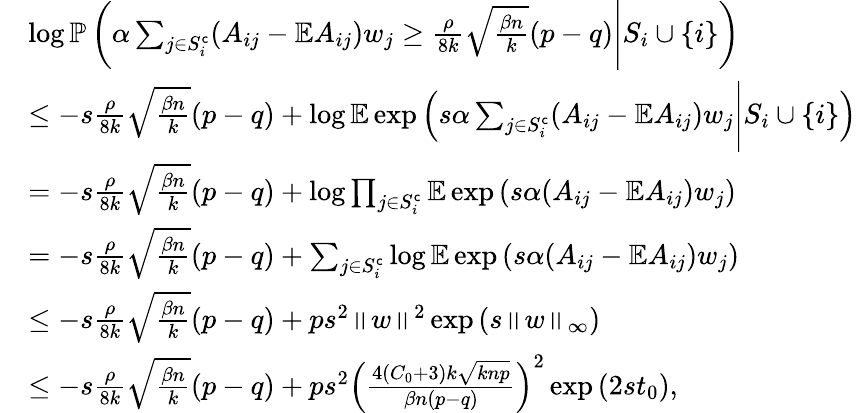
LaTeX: \begin{array}{rl}&{\log\mathbb{P}\left(\alpha\sum_{j\in S_{i}^{\mathsf{c}}}(A_{ij}-\mathbb{E}A_{ij})w_{j}\geq\frac{\rho}{8k}\sqrt{\frac{\beta n}{k}}(p-q)\Bigg|S_{i}\cup\{ i\} \right)}\\ &{\leq-s\frac{\rho}{8k}\sqrt{\frac{\beta n}{k}}(p-q)+\log\mathbb{E}\exp\left(s\alpha\sum_{j\in S_{i}^{\mathsf{c}}}(A_{ij}-\mathbb{E}A_{ij})w_{j}\Bigg|S_{i}\cup\{ i\} \right)}\\ &{=-s\frac{\rho}{8k}\sqrt{\frac{\beta n}{k}}(p-q)+\log\prod_{j\in S_{i}^{\mathsf{c}}}\mathbb{E}\exp\left(s\alpha(A_{ij}-\mathbb{E}A_{ij})w_{j}\right)}\\ &{=-s\frac{\rho}{8k}\sqrt{\frac{\beta n}{k}}(p-q)+\sum_{j\in S_{i}^{\mathsf{c}}}\log\mathbb{E}\exp\left(s\alpha(A_{ij}-\mathbb{E}A_{ij})w_{j}\right)}\\ &{\leq-s\frac{\rho}{8k}\sqrt{\frac{\beta n}{k}}(p-q)+ps^{2}\left\| {w}\right\| ^{2}\exp\left({s}\left\| {w}\right\| _{\infty}\right)}\\ &{\leq-s\frac{\rho}{8k}\sqrt{\frac{\beta n}{k}}(p-q)+ps^{2}\left(\frac{4(C_{0}+3)k\sqrt{knp}}{\beta n(p-q)}\right)^{2}\exp\left(2{s}t_{0}\right),}\end{array}